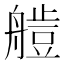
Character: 𦪍